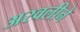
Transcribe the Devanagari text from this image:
अरवलीने